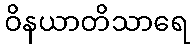
ဝိနယာတိသာရေ